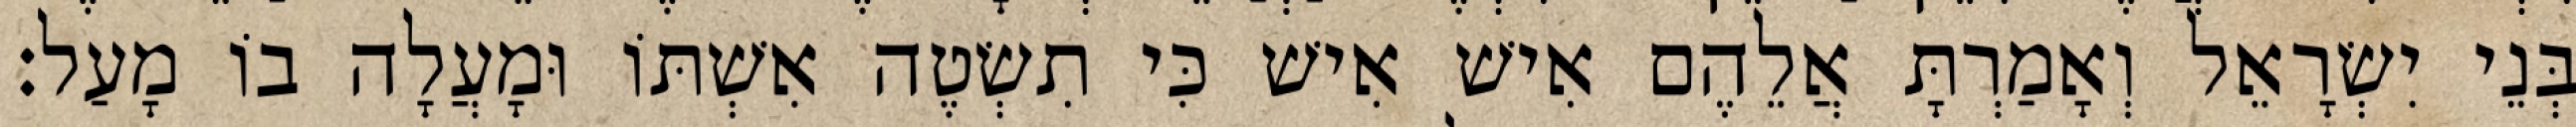
בְּנֵי יִשְׂרָאֵל וְאָמַרְתָּ אֲלֵהֶם אִישׁ אִישׁ כִּי תִשְׂטֶה אִשְׁתּוֹ וּמָעֲלָה בוֹ מָעַל׃